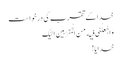
خدا کے تقرب کی درخواست
وَ اجْعَلْنِی فِیهِ مِنَ الْمُقَرَّبِینَ اِلَیْکَ
خدایا!